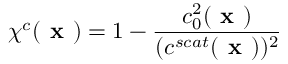
\chi ^ { c } ( \textbf { x } ) = 1 - \frac { c _ { 0 } ^ { 2 } ( \textbf { x } ) } { ( c ^ { s c a t } ( \textbf { x } ) ) ^ { 2 } }